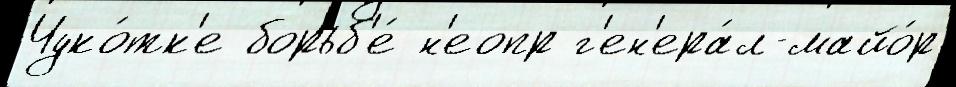
Чуко́тк'е борьб'е́ н'еопр г'ен'ера́л-майо́р